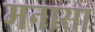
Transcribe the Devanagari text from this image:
मनासा